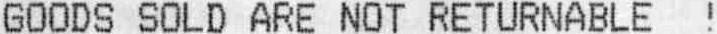
GOODS SOLD ARE NOT RETURNABLE !